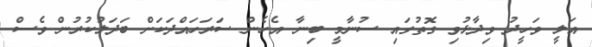
އަލީ ވަހީދު ވިދާޅުވި ގޮތުގައި ސުނާމީ ބިނާ އެހެން ސަރަހައްދަކަށް ބަދަލުކުރުން ވެސް